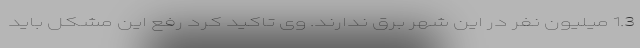
1.3 میلیون نفر در این شهر برق ندارند. وی تاکید کرد رفع این مشکل باید